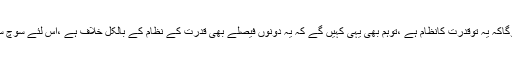
ظاہرہے ان کاجواب یہی ہوگاکہ یہ توقدرت کانظام ہے ،توہم بھی یہی کہیں گے کہ یہ دونوں فیصلے بھی قدرت کے نظام کے بالکل خلاف ہے ،اس لئے سوچ سمجھ کرفیصلہ کرناچاہئے۔